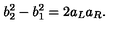
b _ { 2 } ^ { 2 } - b _ { 1 } ^ { 2 } = 2 a _ { L } a _ { R } .